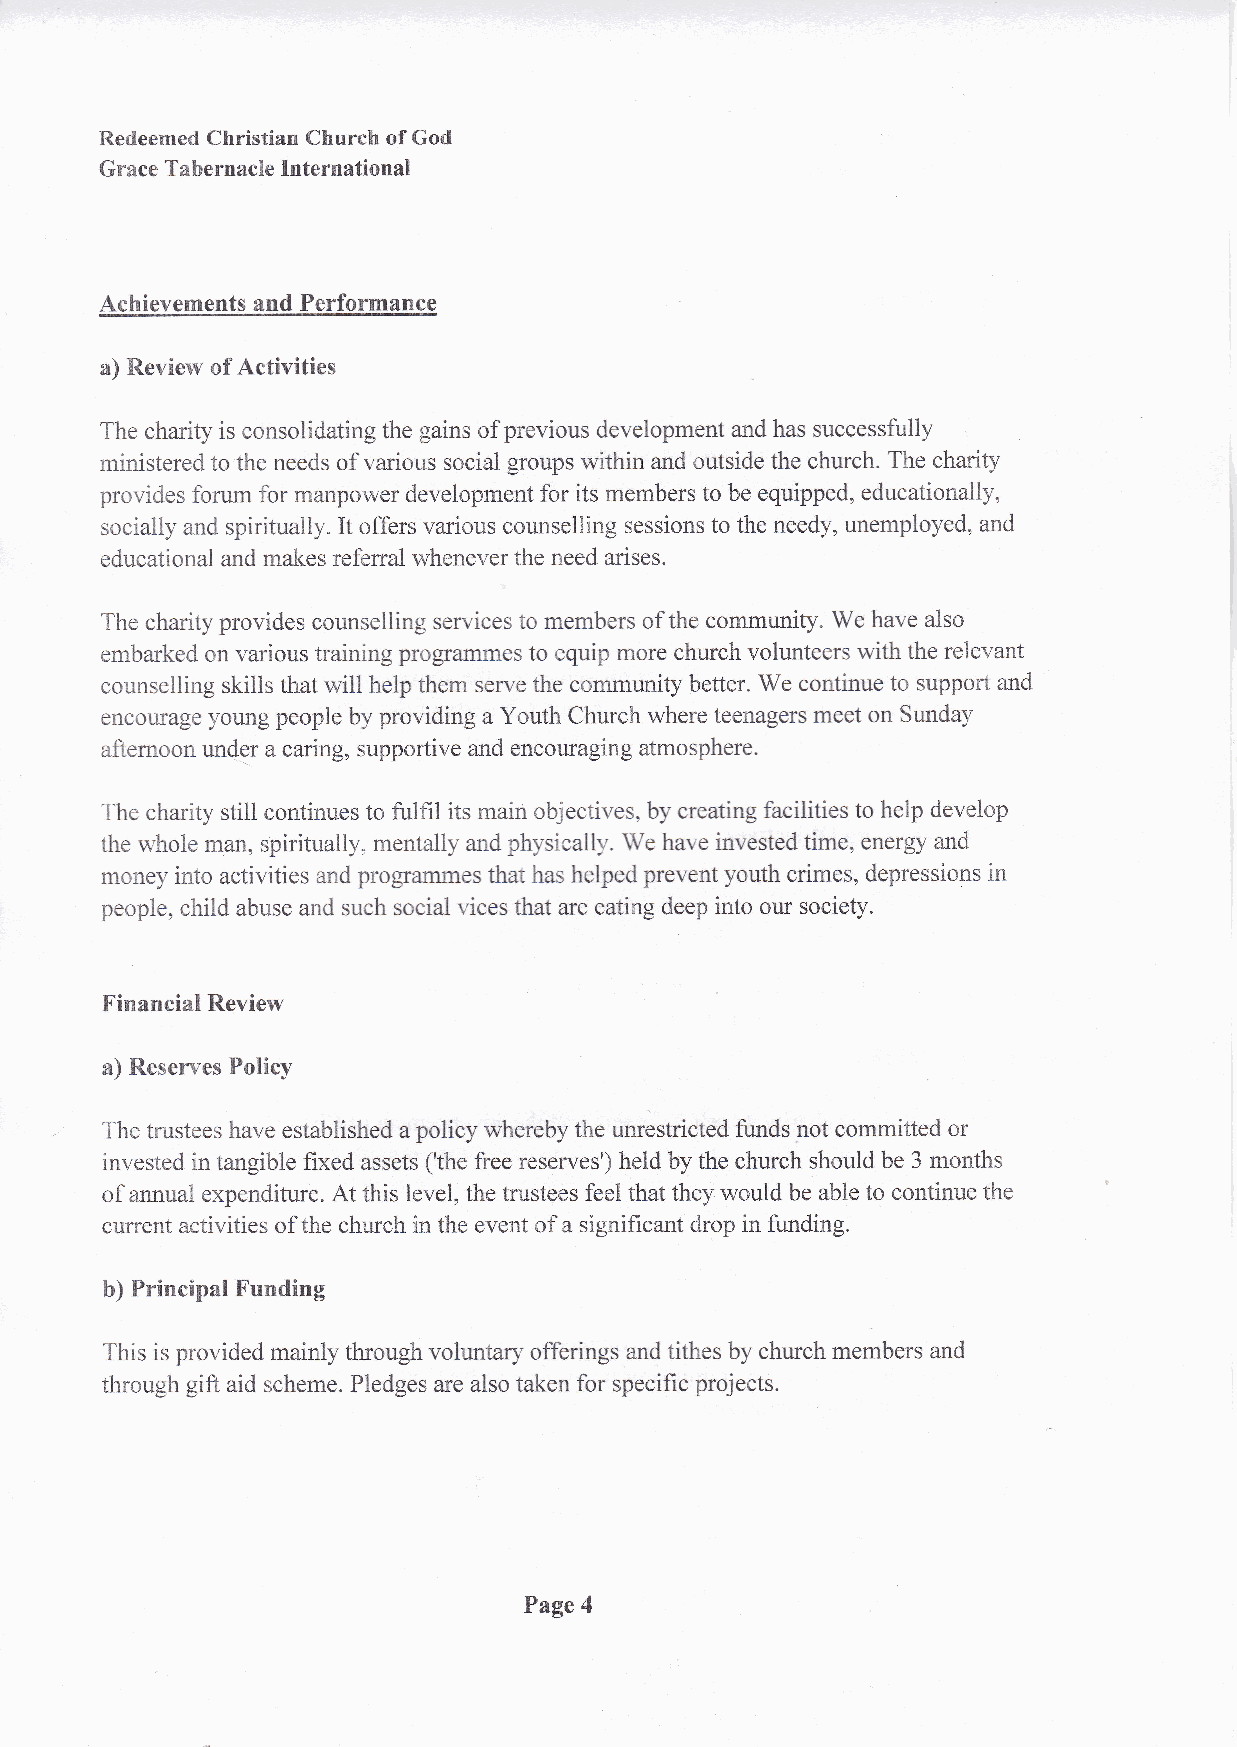
Redeemed Christian Church of God
 Grace Tabernacle International
 Achievements and Performancp
 a) Review of Activities
 The chanty is consolidating the gains of previous development and has successfi.rlly i
 ministered to the needs of various social groups within and outside the church. The charity
 provides forum for manpower development for its members to be equipped, educationally,
 socially and spiritually. It offers various counselling sessions to the needy, unemployed, and
 educational and makes referral whenever the need arises.
 The charity provides counselling services to members of the community. We have also
 embarked on various training progfilrnmes to equip more church volunteers with the relevant
 counselling skills that will help them serve the community better. We continue to support and
 encourage young people by providing a Youth Church where teenagers meet on Sunday
 afternoon undqr a caring, supportive and encouraging atmosphere.
 The charity still continues to fulfil its main objectives, by creating facilities to help develop
 the whole man, spiritually, mentally and physically. We have invested time, energy and
 money into activities and progftrnmes that has helped prevent youth crimes, depressions in
 people, child abuse and such social vices that are eating deep into our society.
 Financial Review
 a) Reserves Policy
 ./
 The trustees have established a policy whereby the unrestricted funds not committed or
 invested in tangible fixed assets ('the free reserves') held by the church should be 3 months
 of annual expenditure. At this level, the trustees feel that they would be able to continue the
 current activities of the church in the event of a significant drop in funding.
 b) Principal Funding
 This is provided mainly tlrough voluntary offerings and tithes by church members and
 through gift aid scheme. Pledges are also taken for specific projects.
 Page 4